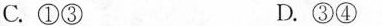
C.①③ D.③④